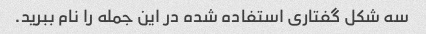
سه شکل گفتاری استفاده شده در این جمله را نام ببرید.